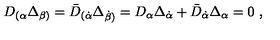
D _ { ( \alpha } \Delta _ { \beta ) } = \bar { D } _ { ( { \dot { \alpha } } } \Delta _ { { \dot { \beta } } ) } = D _ { \alpha } \Delta _ { \dot { \alpha } } + \bar { D } _ { \dot { \alpha } } \Delta _ { \alpha } = 0 \ ,